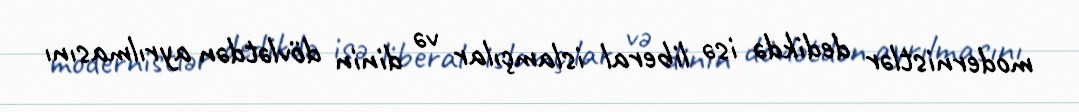
modernistlər dedikdə isə liberal islamçılar və dinin dövlətdən ayrılmasını